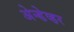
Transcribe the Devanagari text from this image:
अेन्डेव्हर